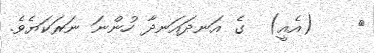
٦    (އެއީ)  ގެ އަނދައަނދާ ހުންނަ ނަރަކަޔެވެ.